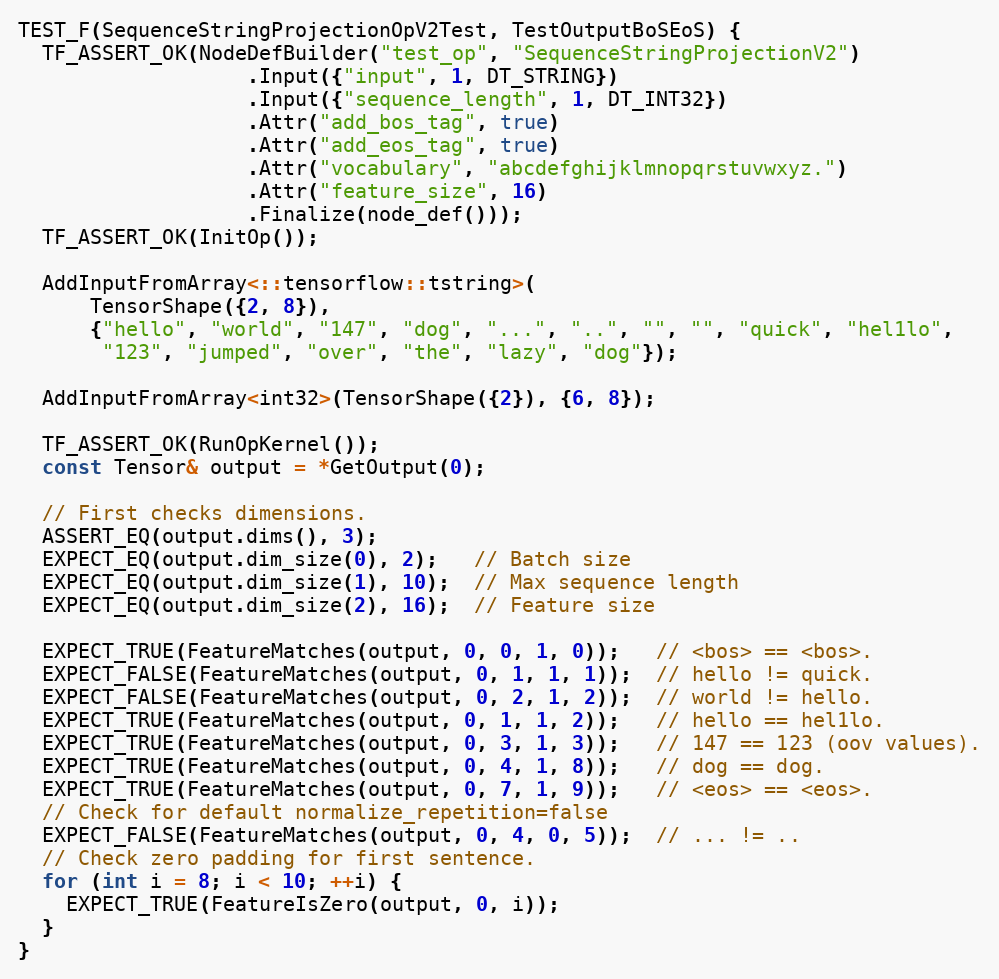
Language: C++
TEST_F(SequenceStringProjectionOpV2Test, TestOutputBoSEoS) {
  TF_ASSERT_OK(NodeDefBuilder("test_op", "SequenceStringProjectionV2")
                   .Input({"input", 1, DT_STRING})
                   .Input({"sequence_length", 1, DT_INT32})
                   .Attr("add_bos_tag", true)
                   .Attr("add_eos_tag", true)
                   .Attr("vocabulary", "abcdefghijklmnopqrstuvwxyz.")
                   .Attr("feature_size", 16)
                   .Finalize(node_def()));
  TF_ASSERT_OK(InitOp());

  AddInputFromArray<::tensorflow::tstring>(
      TensorShape({2, 8}),
      {"hello", "world", "147", "dog", "...", "..", "", "", "quick", "hel1lo",
       "123", "jumped", "over", "the", "lazy", "dog"});

  AddInputFromArray<int32>(TensorShape({2}), {6, 8});

  TF_ASSERT_OK(RunOpKernel());
  const Tensor& output = *GetOutput(0);

  // First checks dimensions.
  ASSERT_EQ(output.dims(), 3);
  EXPECT_EQ(output.dim_size(0), 2);   // Batch size
  EXPECT_EQ(output.dim_size(1), 10);  // Max sequence length
  EXPECT_EQ(output.dim_size(2), 16);  // Feature size

  EXPECT_TRUE(FeatureMatches(output, 0, 0, 1, 0));   // <bos> == <bos>.
  EXPECT_FALSE(FeatureMatches(output, 0, 1, 1, 1));  // hello != quick.
  EXPECT_FALSE(FeatureMatches(output, 0, 2, 1, 2));  // world != hello.
  EXPECT_TRUE(FeatureMatches(output, 0, 1, 1, 2));   // hello == hel1lo.
  EXPECT_TRUE(FeatureMatches(output, 0, 3, 1, 3));   // 147 == 123 (oov values).
  EXPECT_TRUE(FeatureMatches(output, 0, 4, 1, 8));   // dog == dog.
  EXPECT_TRUE(FeatureMatches(output, 0, 7, 1, 9));   // <eos> == <eos>.
  // Check for default normalize_repetition=false
  EXPECT_FALSE(FeatureMatches(output, 0, 4, 0, 5));  // ... != ..
  // Check zero padding for first sentence.
  for (int i = 8; i < 10; ++i) {
    EXPECT_TRUE(FeatureIsZero(output, 0, i));
  }
}